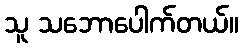
သူ သဘောပေါက်တယ်။